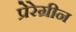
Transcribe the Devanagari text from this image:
प्रेरेग्रीन